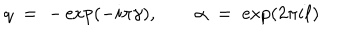
LaTeX: q \; = \; - \exp ( - i \pi \gamma ) , \qquad \alpha \; = \; \exp ( 2 \pi i \ell )